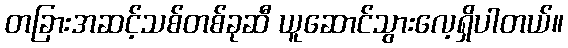
တခြားအဆင့်သစ်တစ်ခုဆီ ယူဆောင်သွားလေ့ရှိပါတယ်။